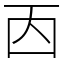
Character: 㐁